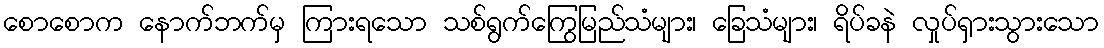
စောစောက နောက်ဘက်မှ ကြားရသော သစ်ရွက်ကြွေမြည်သံများ၊ ခြေသံများ၊ ရိပ်ခနဲ လှုပ်ရှားသွားသော